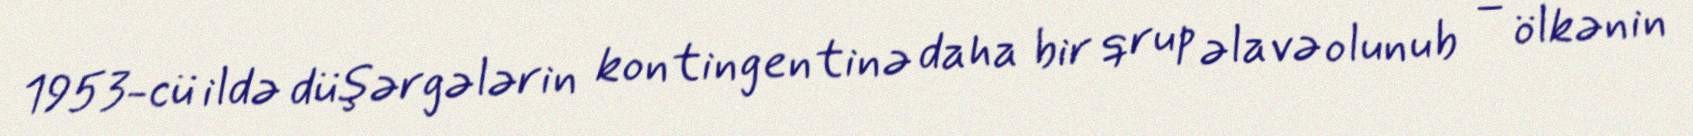
1953-cü ildə düşərgələrin kontingentinə daha bir qrup əlavə olunub – ölkənin